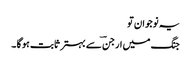
یہ نوجوان تو
جنگ میں ارجنؔ سے بہتر ثابت ہو گا ۔